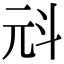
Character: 㪴